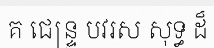
គ ជេន្ទ្រ បវរស សុទ្ធ ដ៏